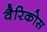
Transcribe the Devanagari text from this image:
वैरिकोस